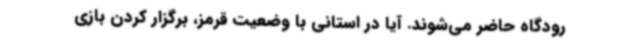
رودگاه حاضر می‌شوند. آیا در استانی با وضعیت قرمز، برگزار کردن بازی